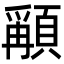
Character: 𩔋